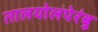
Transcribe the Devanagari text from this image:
तालयोलपेरंबु